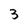
Character: 3